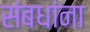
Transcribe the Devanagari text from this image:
संबधांना